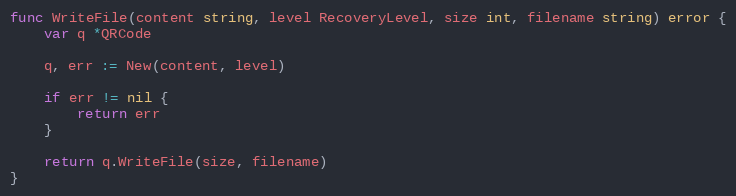
Language: Go
func WriteFile(content string, level RecoveryLevel, size int, filename string) error {
	var q *QRCode

	q, err := New(content, level)

	if err != nil {
		return err
	}

	return q.WriteFile(size, filename)
}